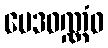
မေဒဝဏ္ဏံဝ